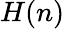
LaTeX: H(n)